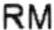
RM